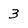
Character: 3